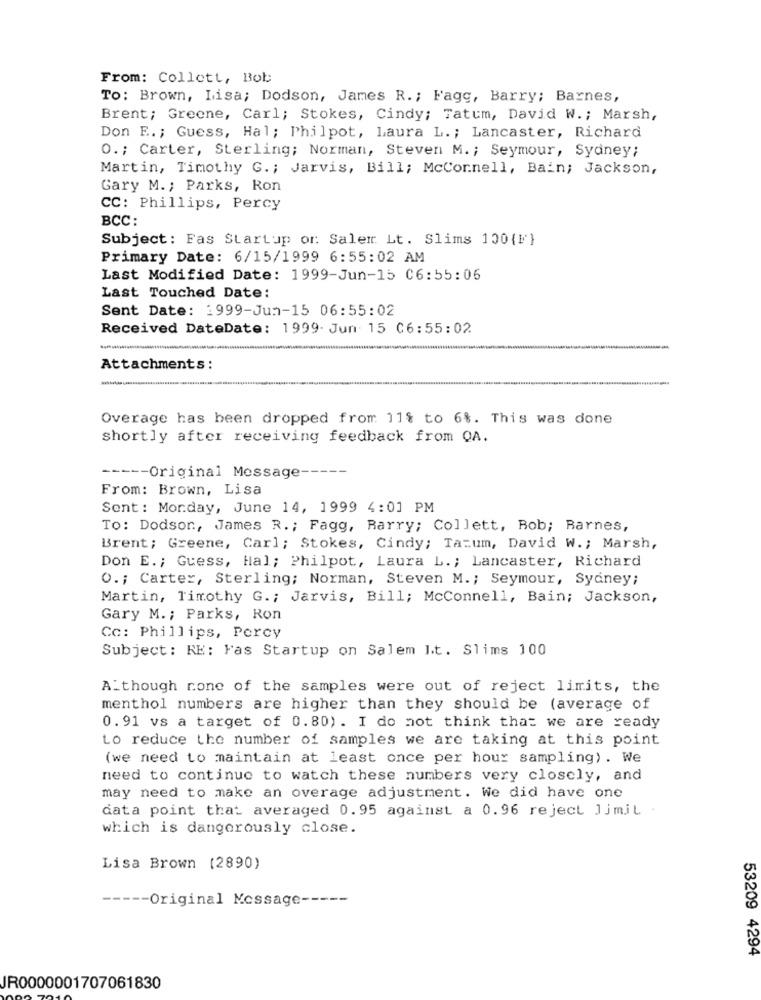
From: Collett, Bob
To: Brown, Lisa; Dodson, James R. ; Fagg, Barry; Barnes,
Brent; Greene, Carl; Stokes, Cindy; Tatum, David W. ; Marsh,
Don E .; Guess, Hal; Philpot, Laura L .; Lancaster, Richard
O .; Carter, Sterling; Norman, Steven M .; Seymour, Sydney;
Martin, Timothy G. ; Jarvis, Bill; McCornell, Bain; Jackson,
Gary M .; Parks, Ron
CC: Phillips, Percy
BCC:
Subject: Fas Startup or: Salem Lt. Slims 100{F}
Primary Date: 6/15/1999 6:55:02 AM
Last Modified Date: 1999-Jun-15 C6:55:06
Last Touched Date:
Sent Date: 1999-Jun-15 06:55:02
Received DateDate: 1999. Jun 15 06:55:02
--
Attachments:
-
Overage has been dropped from 11% to 6%. This was done
shortly after receiving feedback from QA.
----- Original Message -----
From: Brown, Lisa
Sent: Monday, June 14, 1999 4:01 PM
To: Dodson, James R. ; Fagg, Rarry; Collett, Bob; Rarnes,
Brent; Greene, Carl; Stokes, Cindy; Ta=um, David W .; Marsh,
Don E .; Guess, Hal; Philpot, Laura L .; Lancaster, Richard
O .; Carter, Sterling; Norman, Steven M .; Seymour, Sydney;
Martin, Timothy G. ; Jarvis, Bill; McConnell, Bain; Jackson,
Gary M. ; Parks, Ron
Cc: Phillips, Percy
Subject: RE: Fas Startup on Salem It. Slims 100
Although none of the samples were out of reject limits, the
menthol numbers are higher than they should be (average of
0.91 vs a target of 0.80). I do not think that we are ready
Lo reduce the number of samples we are taking at this point
(we need to maintain at least once per hour sampling) . We
need to continue to watch these numbers very closely, and
may need to make an overage adjustment. We did have one
data point that averaged 0.95 against a 0.96 reject Jjmit .
which is dangerously close.
Lisa Brown (2890)
----- Original Message -----
53209 4294
JR0000001707061830